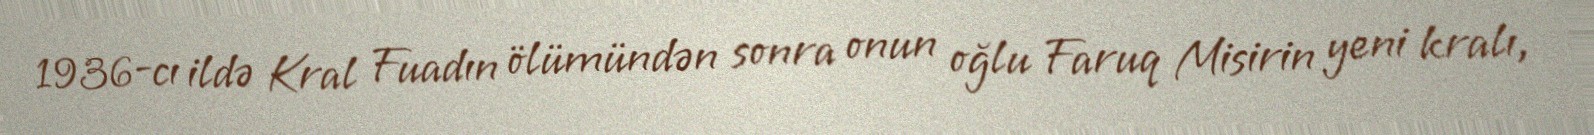
1936-cı ildə Kral Fuadın ölümündən sonra onun oğlu Faruq Misirin yeni kralı,